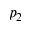
p _ { 2 }